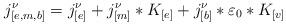
LaTeX: \begin{align*}j_{[e,m,b]}^{\nu} = j_{[e]}^{\nu} + j_{[m]}^{\nu} * K_{[e]} + j_{[b]}^{\nu}*\varepsilon_{0}*K_{[v]}\end{align*}